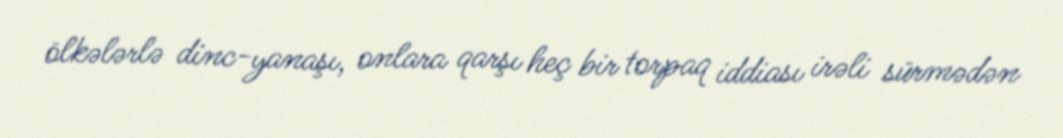
ölkələrlə dinc-yanaşı, onlara qarşı heç bir torpaq iddiası irəli sürmədən